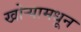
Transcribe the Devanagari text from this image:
खोर्‍यामधून